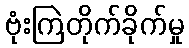
ဗုံးကြဲတိုက်ခိုက်မှု